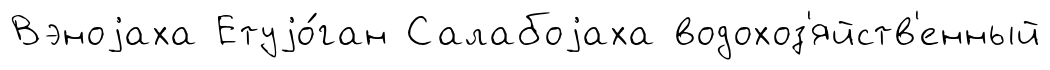
Вэноjаха Етуjо́ган Салабоjаха водохоз'яйств'енный